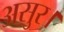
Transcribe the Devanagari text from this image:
असुर।